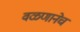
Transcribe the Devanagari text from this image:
वळणानेच